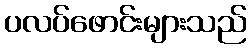
ပလပ်ဖောင်းများသည်